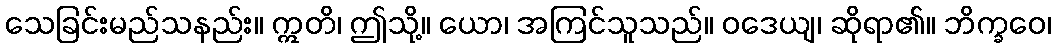
သေခြင်းမည်သနည်း။ ဣတိ၊ ဤသို့။ ယော၊ အကြင်သူသည်။ ဝဒေယျ၊ ဆိုရာ၏။ ဘိက္ခဝေ၊